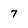
Character: 7